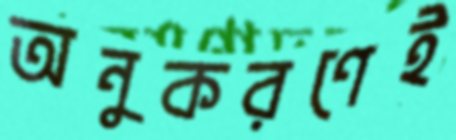
অনুকরণেই